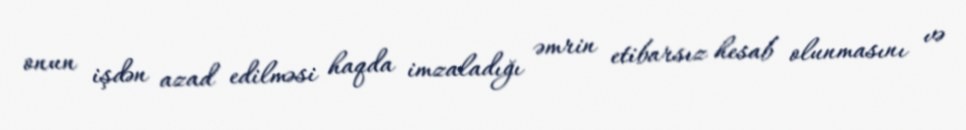
onun işdən azad edilməsi haqda imzaladığı əmrin etibarsız hesab olunmasını və